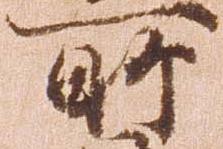
所